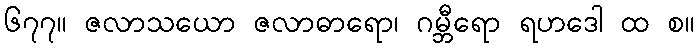
၆၇၇။ ဇလာသယော ဇလာဓာရော၊ ဂမ္ဘီရော ရဟဒေါ ထ စ။